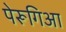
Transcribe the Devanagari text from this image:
पेरूगिआ